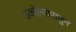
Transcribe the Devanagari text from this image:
अकोल्यापासुन